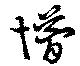
儚